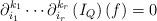
LaTeX: \begin{align*} \partial_{i_1}^{k_1} \cdots \partial_{i_r}^{k_r} \left(I_Q\right)(f) = 0 \end{align*}